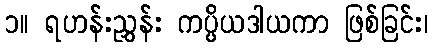
၁။ ရဟန်းညွှန်း ကပ္ပိယဒါယကာ ဖြစ်ခြင်း၊